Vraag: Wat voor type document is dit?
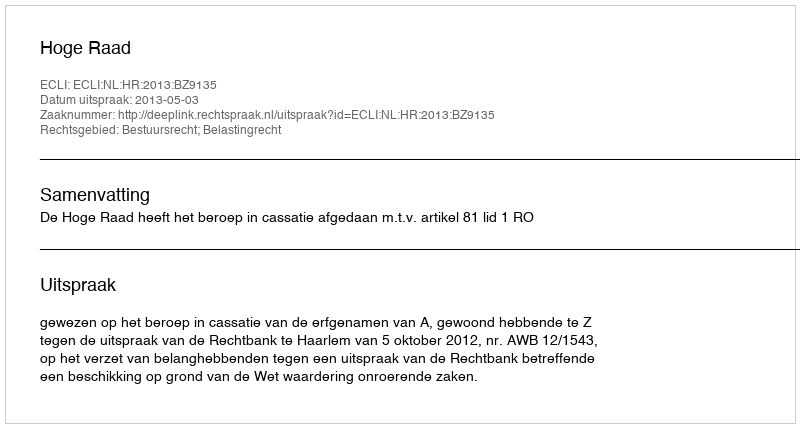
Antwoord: Uitspraak